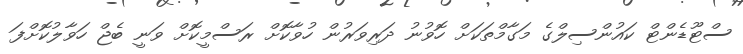
ސްޓޫޑެންޓް ކައުންސިލްގެ މަގާމްތަކަށް ހޮވުނު ދަރިވަރުން ހުވާކޮށް ރަސްމީކޮށް ވަނީ ބެޖް ހަވާލުކޮށްފަ